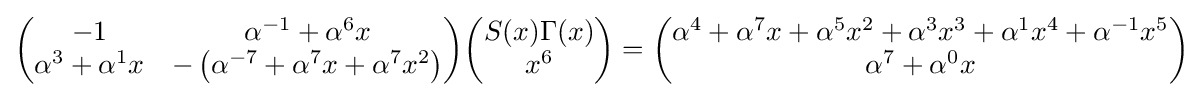
{\begin{pmatrix}-1&\alpha ^{-1}+\alpha ^{6}x\\\alpha ^{3}+\alpha ^{1}x&-\left(\alpha ^{-7}+\alpha ^{7}x+\alpha ^{7}x^{2}\right)\end{pmatrix}}{\begin{pmatrix}S(x)\Gamma (x)\\x^{6}\end{pmatrix}}={\begin{pmatrix}\alpha ^{4}+\alpha ^{7}x+\alpha ^{5}x^{2}+\alpha ^{3}x^{3}+\alpha ^{1}x^{4}+\alpha ^{-1}x^{5}\\\alpha ^{7}+\alpha ^{0}x\end{pmatrix}}